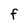
Character: F